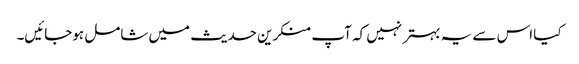
کیا اس سے یہ بہتر نہیں کہ آپ منکرین حدیث میں شامل ہوجائیں۔